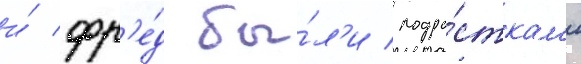
и́ фр'е́д бы́л'и подро́сткам'и